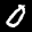
Label: 0